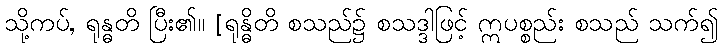
သို့ကပ်, ရုန္ဓတိ ပြီး၏။ [ရုန္ဓိတိ စသည်၌ စသဒ္ဒါဖြင့် ဣပစ္စည်း စသည် သက်၍